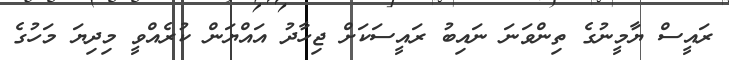
ރައީސް ޔާމީނުގެ ތިންވަނަ ނައިބު ރައީސަކަށް ޖިހާދު އައްޔަން ކުރެއްވީ މިދިޔަ މަހުގެ